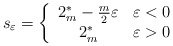
\begin{align*}s_{\varepsilon}=\left\{ \begin{array}{cc}2_{m}^{*}-\frac{m}{2}\varepsilon & \varepsilon<0\\2_{m}^{*} & \varepsilon>0\end{array}\right.\end{align*}